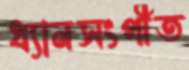
ধ্যানসংগীত